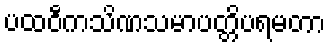
ပထဝီကသိဏသမာပတ္တိပရမတာ